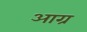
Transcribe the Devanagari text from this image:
आग्र